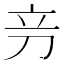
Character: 𰄦